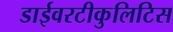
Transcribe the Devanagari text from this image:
डाईवरटीकुलिटिस